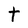
Character: t